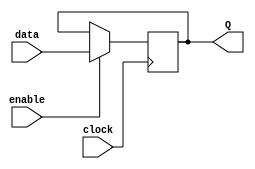
module data_enable_latch(
    input wire data,
    input wire enable,
    input wire clock,
    output reg Q
);

reg D;

always @ (posedge clock) begin
    if (enable)
        D <= data;
end

assign Q = D;

endmodule